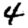
Digit: 4